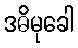
ဒဓိမုခေါ